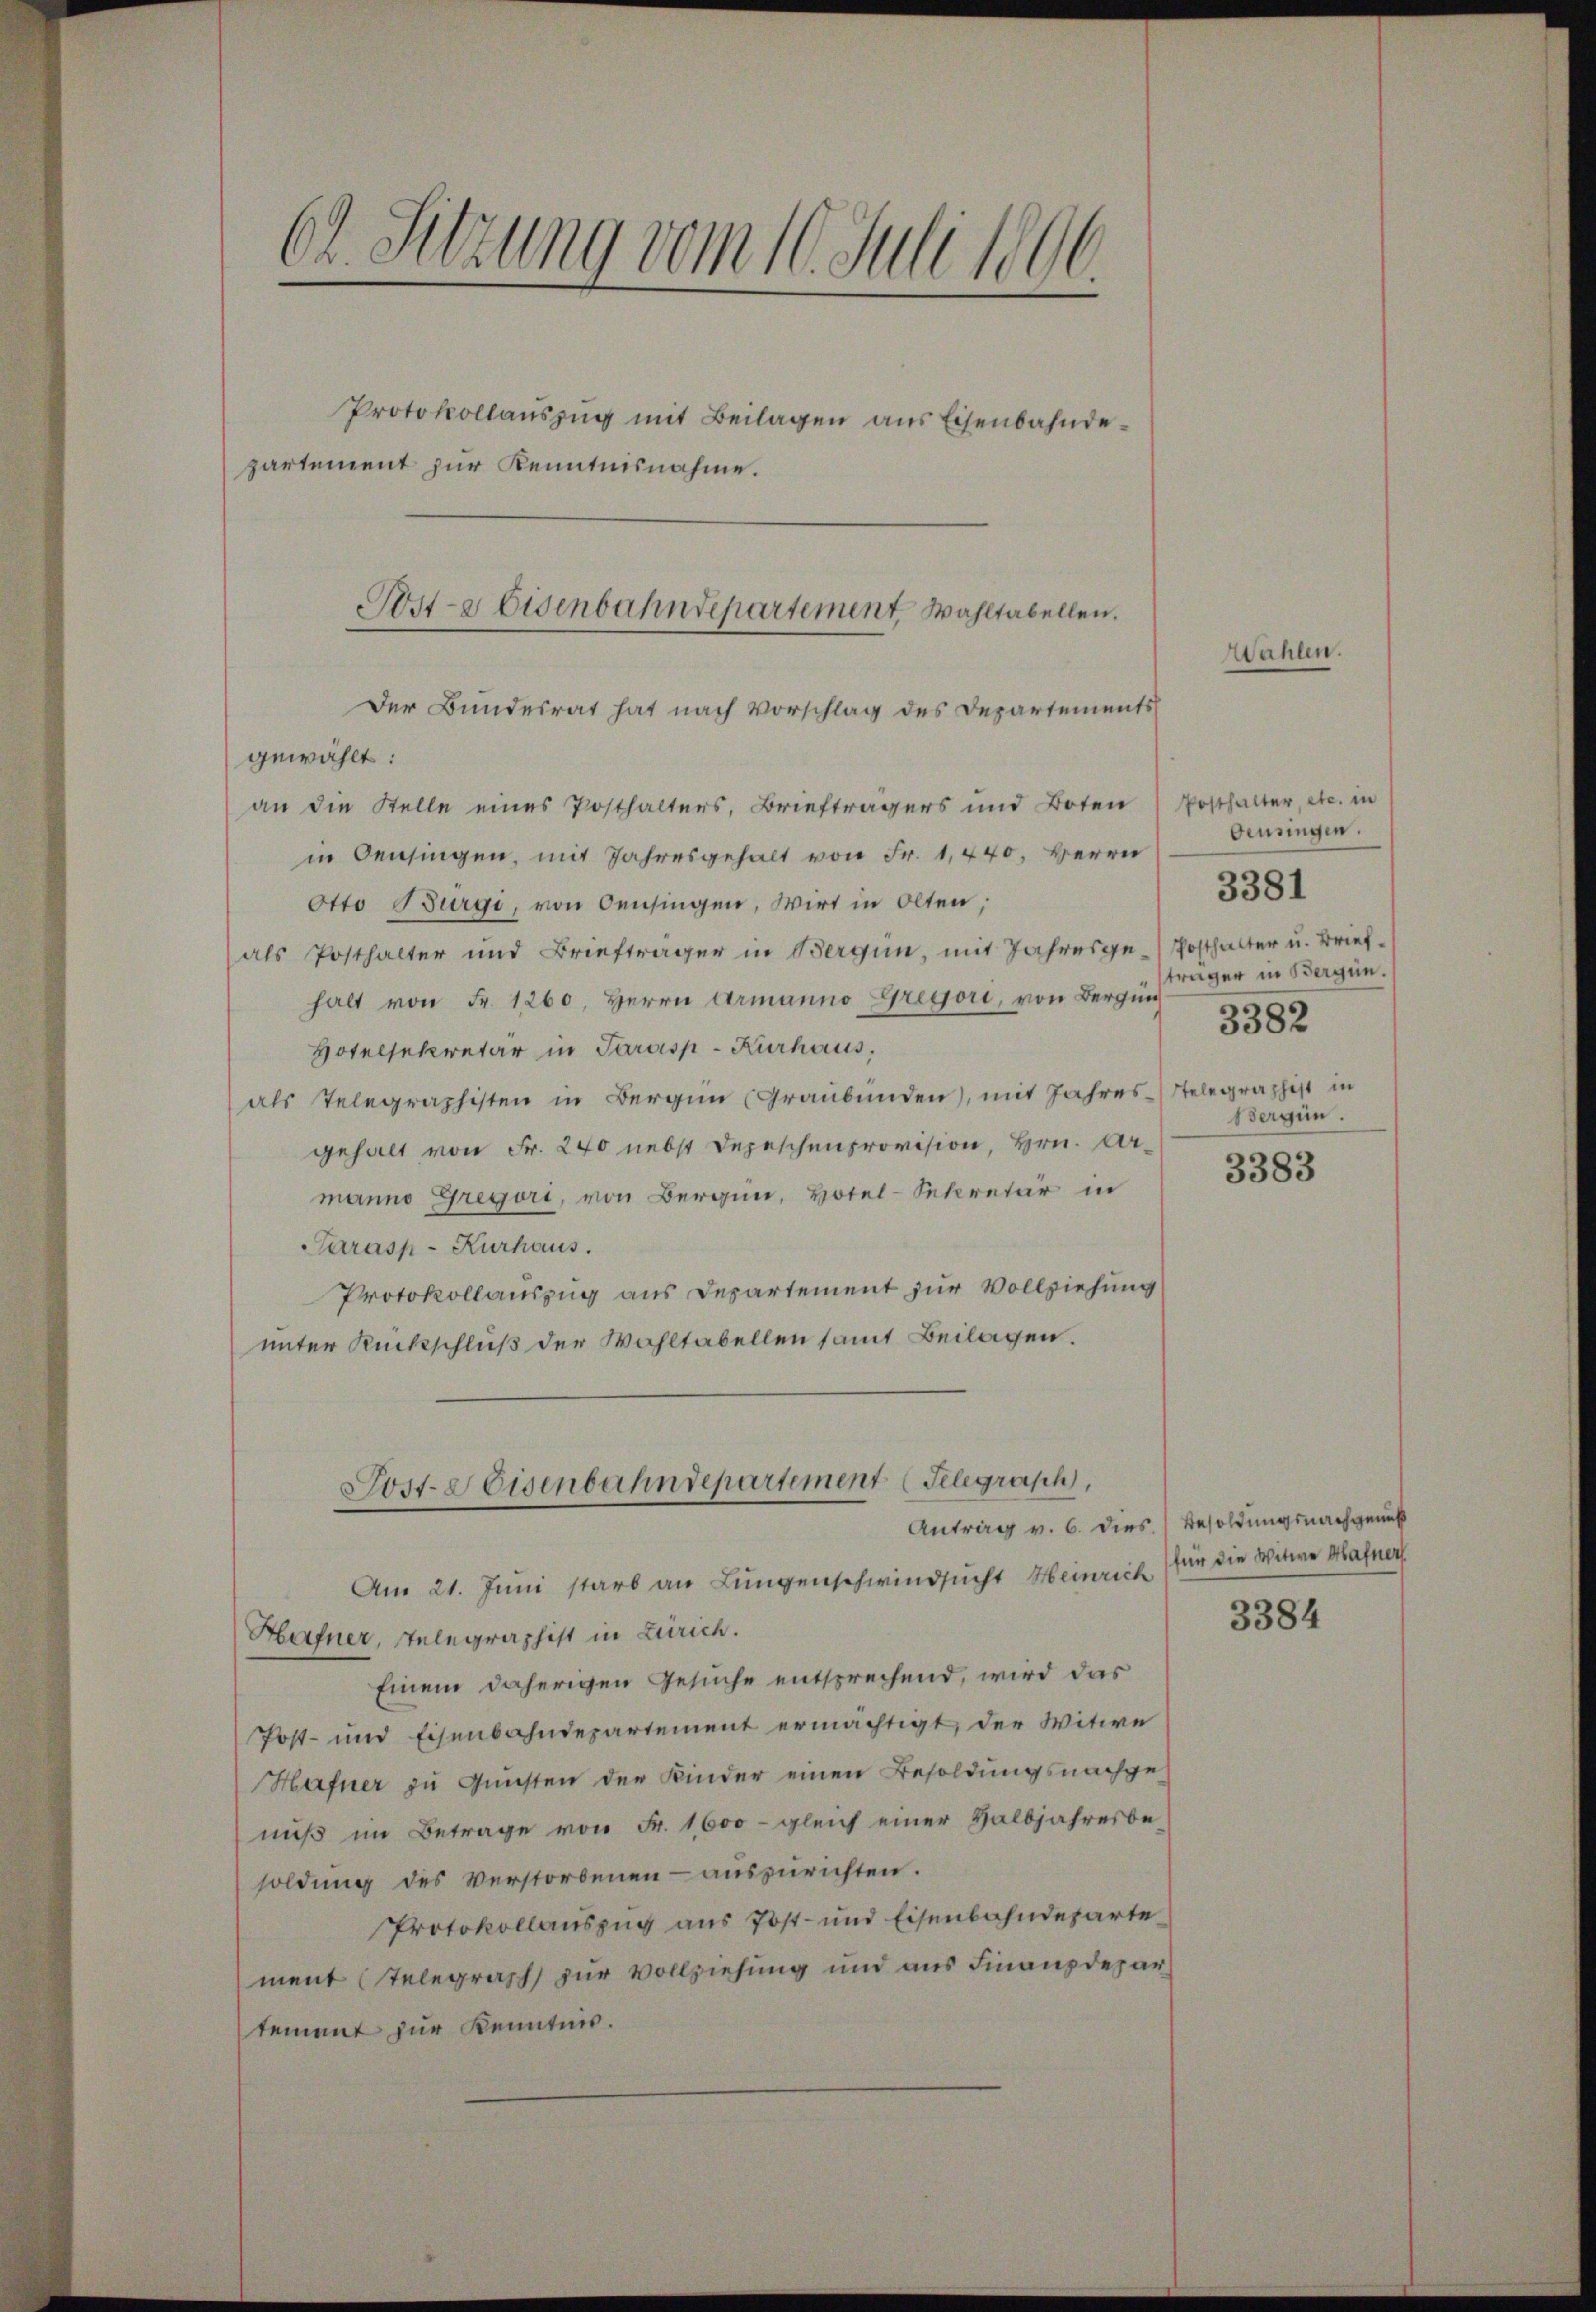
62. Sitzung vom 10. Juli 1896.

Protokollauszug mit Beilagen aus Eisenbahndepartement zur Kenntnisnahme.
Der Bundesrat hat nach Vorschlag des Departements
gewählt:
an die Stelle eines Posthalters, Briefträgers und Boten (Posthalter, etc. in
in Oensingen, mit Jahresgehalt von Fr. 1,440. Herrn
Otto Bürgi, von Oensingen, Wirt in Olten;
(als Posthalter und Briefträger in Bergün, mit Jahresge-Posthalter u. Briefhalt von Fr. 1260. Herrn Armanno Gregori, von Bergung
Hotelsekretär in Parasp-Kurhaus,
als Telegraphisten in Bergien (Graubünden, mit Jahres-Telegraphist in
gehalt von Fr. 240 nebst Depeschenprovision, Hrn. Armanno Gregori, von Bergün, Hotel-Sekretär in
Parasp-Kurhaus.
Protokollauszug aus Departement zur Vollziehung
unter Rückschluß der Wohltabellen samt Beilagen.
Jost- Reisenbahndepartement (Telegraph,
Antrag v. 6. dies Besoldungsnachgenuß
Am 21. Juni starb an Lungenschwindsucht Heinrich
Hafner, Telegraphist in Zürich.
Einem daherigen Gesuche entsprechend, wird das
Post- und Eisenbahndepartement ermächtigt, der Witwe
Hafner zu Gunsten der Kinder einen Besoldungsnachgenuß im Betrage von Fr. 1,600 - gleich einer Halbjahresbe-
soldung des Verstorbenen - auszurichten.
Protokollauszug aus Post- und Eisenbahndepartement Telegraph zur Vollziehung und aus Finanzdepartement zur Kenntnis.

Post-a Eisenbahndepartement Wahltabellen.

Wahlen.

Oeusingen.
träger in Bergen.
3382
Vergün.

3381

3383

für die Witwe Hafner

3384